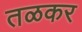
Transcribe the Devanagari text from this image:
तळकर